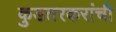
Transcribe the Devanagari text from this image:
कुडतरकरांची